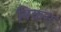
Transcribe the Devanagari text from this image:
विकन